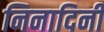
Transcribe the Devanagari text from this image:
निनादिनी